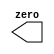
//Build a circuit with no inputs and one output that outputs a constant 0
module top_module(
    output zero
);// Module body starts after semicolon

endmodule